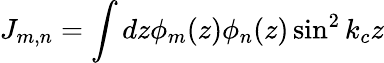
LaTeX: J_{m,n}=\int dz\phi_{m}(z)\phi_{n}(z)\sin^{2}k_{c}z